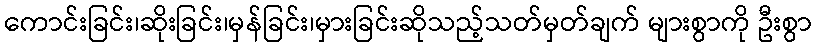
ကောင်းခြင်း၊ဆိုးခြင်း၊မှန်ခြင်း၊မှားခြင်းဆိုသည့်သတ်မှတ်ချက် များစွာကို ဦးစွာ